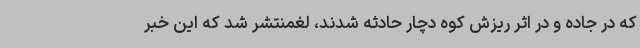
که در جاده و در اثر ریزش کوه دچار حادثه شدند، لغمنتشر شد که این خبر